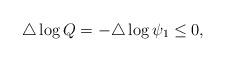
LaTeX: \begin{align*}\triangle \log Q=-\triangle \log \psi_1\leq 0,\end{align*}